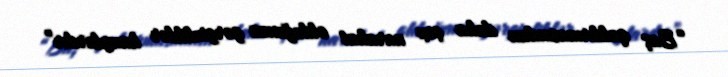
“Baş qaldırmasından daha çox narahat olduğunuz gərginliklər hansılardır”